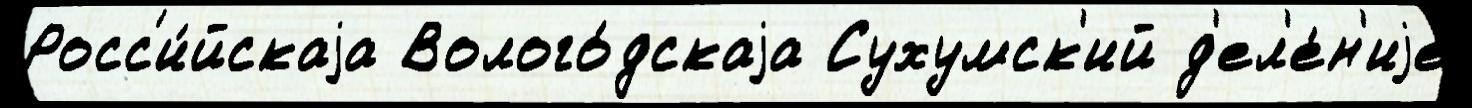
Росс'и́йскаjа Волого́дскаjа Сухумск'ий д'ел'е́н'иjе